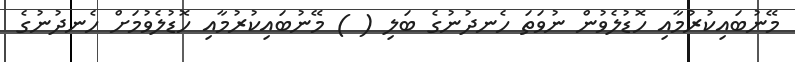
މޭނުބައިކުރުމާއި ހޮޑުލެވުން ނުވަތަ ހެނދުނުގެ ބަލި ( ) މޭނުބައިކުރުމާއި ހޮޑުލެވުމަށް ހެނދުނުގެ